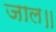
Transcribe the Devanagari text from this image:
जाल॥